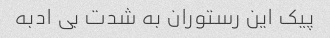
پیک این رستوران به شدت بی ادبه